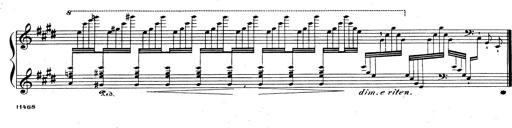
Title: Rhapsodie espagnole
Composer: Franz Liszt